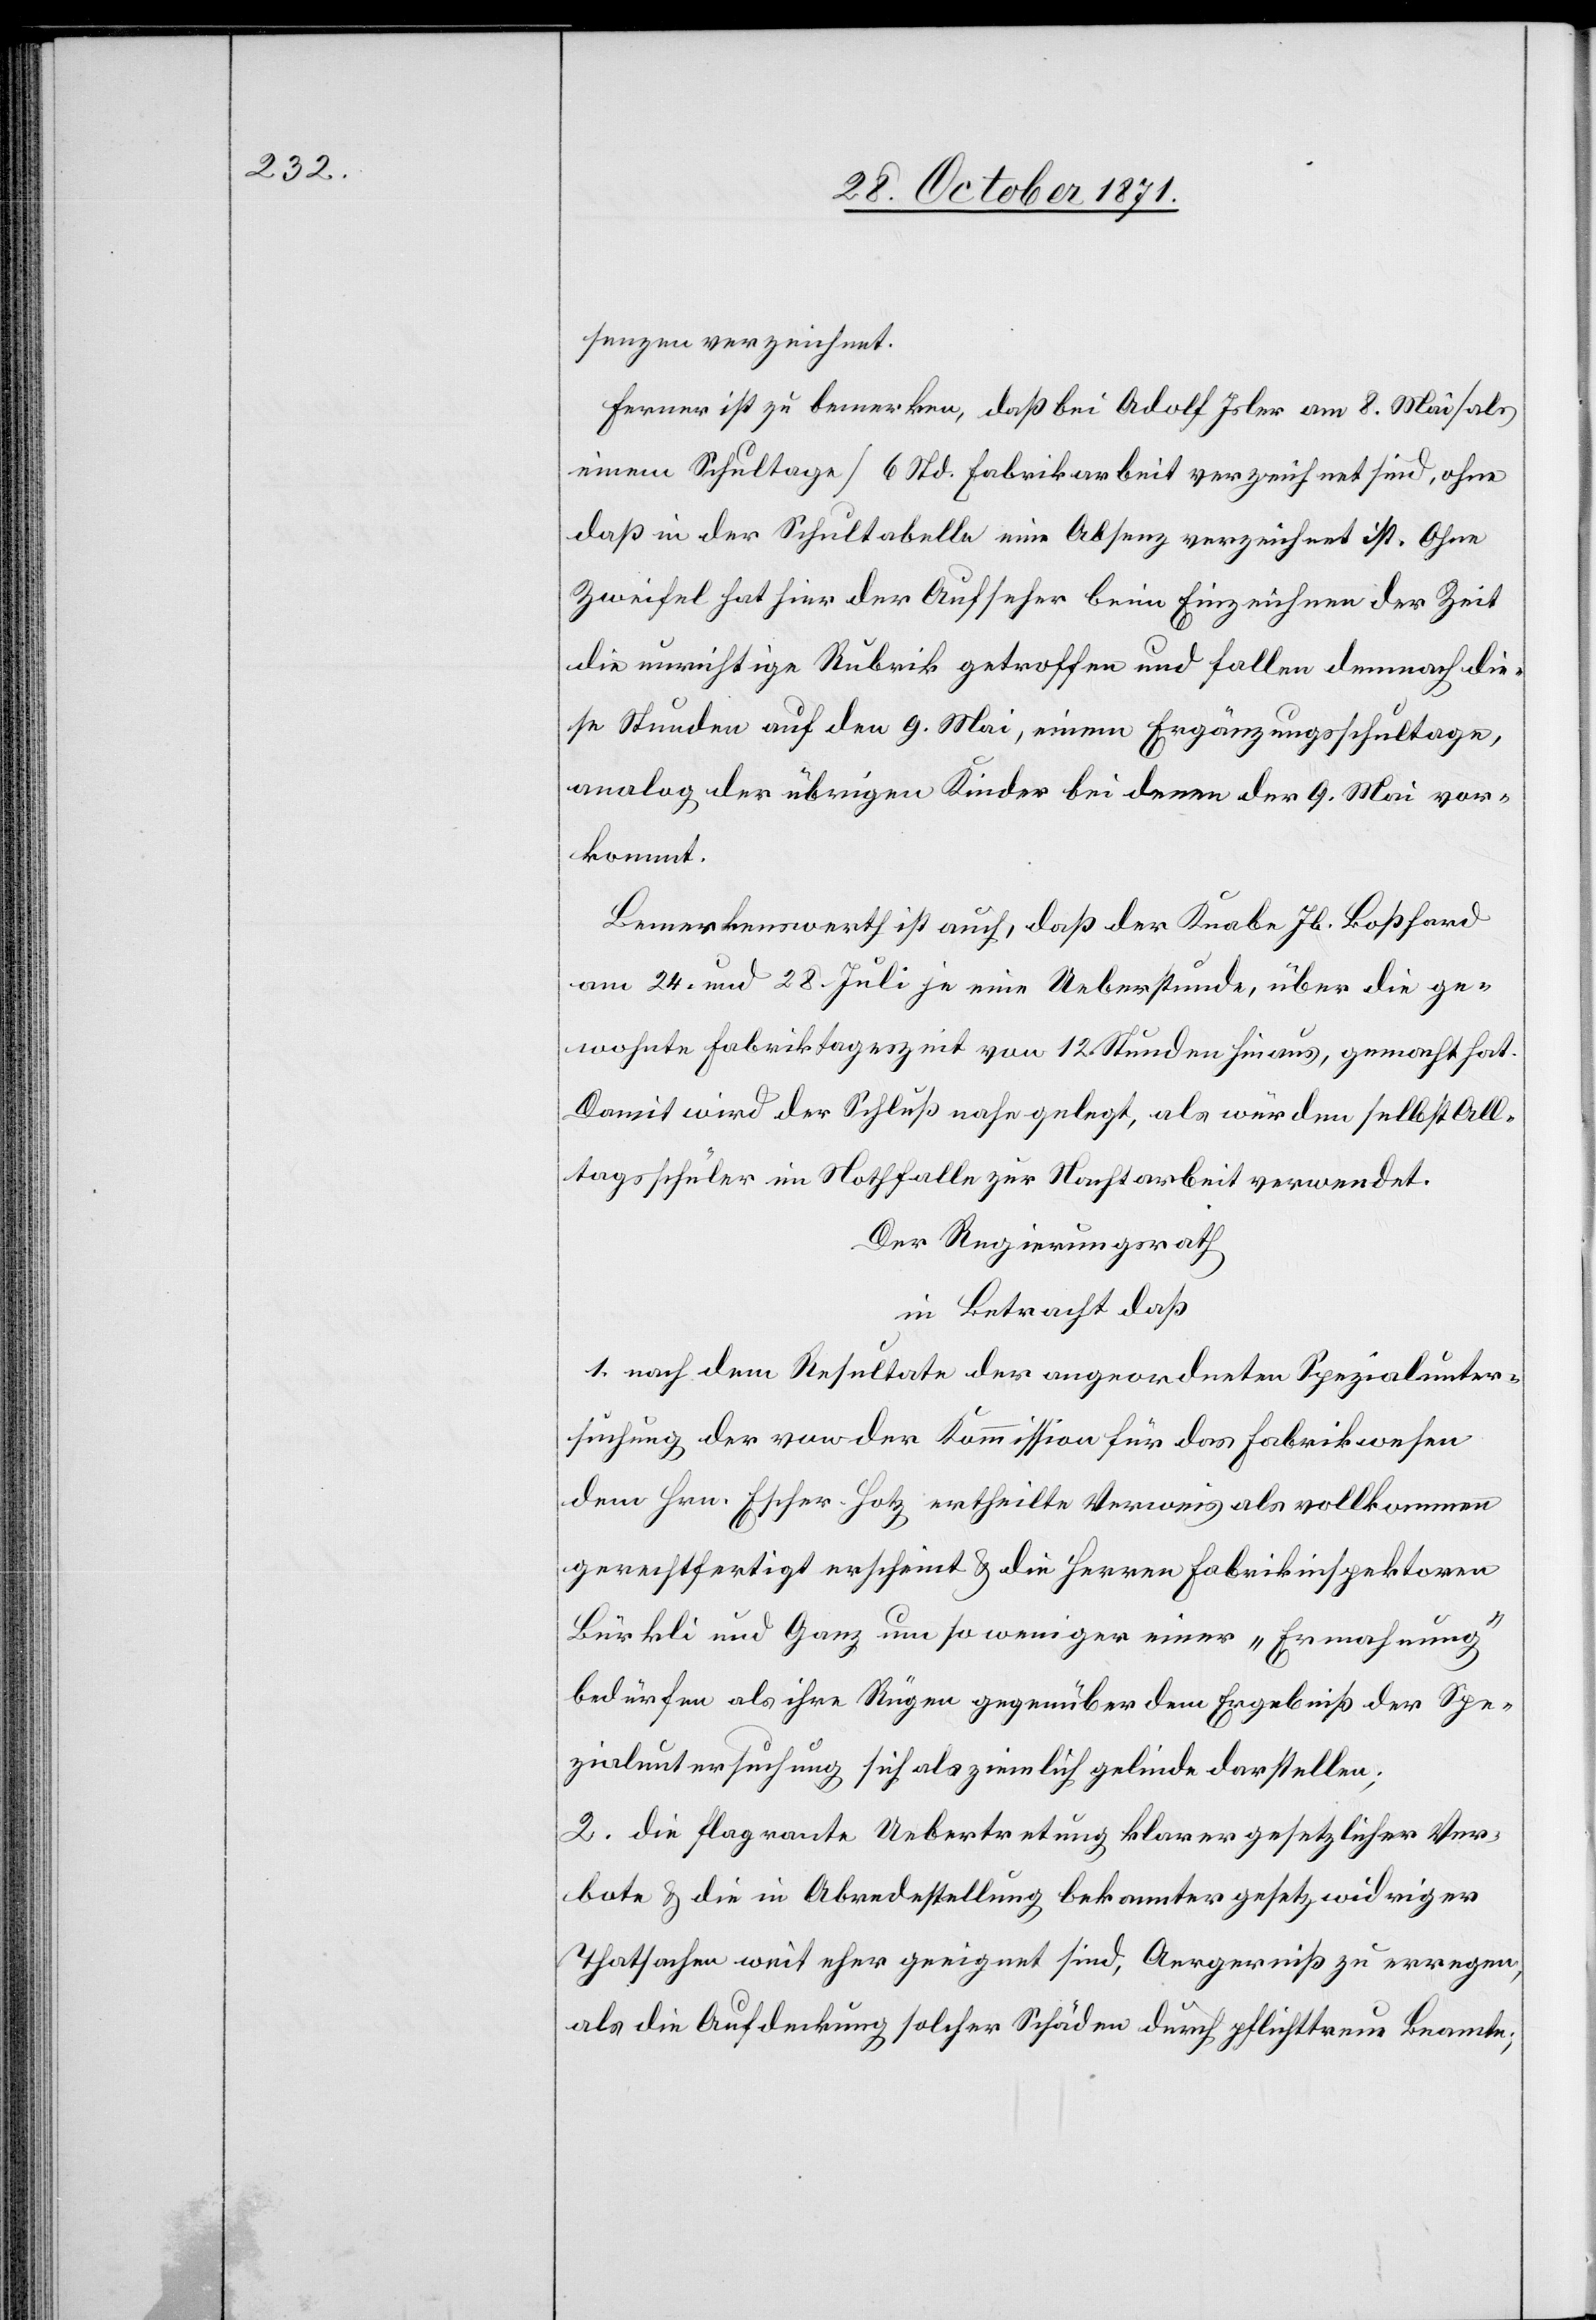
senzen verzeichnet.
Ferner ist zu bemerken, daß bei Adolf Isler am 8. Mai [als
einem Schultage] 6 Std. Fabrikarbeit verzeichnet sind, ohne
daß in der Schultabelle eine Absenz verzeichnet ist. Ohne
Zweifel hat hier der Aufseher beim Einzeichnen der Zeit
die unrichtige Rubrik getroffen und fallen demnach die¬
se Stunden auf den 9. Mai, einem Ergänzungsschultage,
analog der übrigen Kinder bei denen der 9. Mai vor¬
kommt.
Bemerkenswerth ist auch, daß der Knabe Jb. Boßhard
am 24. und 28. Juli je eine Ueberstunde, über die ge¬
wohnte Fabriktageszeit von 12 Stunden hinaus, gemacht hat.
Damit wird der Schluß nahe gelegt, als würden selbst All¬
tagsschüler im Nothfalle zur Nachtarbeit verwendet.
Der Regierungsrath
in Betracht daß
1. nach dem Resultate der angeordneten Spezialunter¬
suchung der von der Kommission für das Fabrikwesen
dem Hrn. Escher-Hotz ertheilte Verweis als vollkommen
gerechtfertigt erscheint & die Herren Fabrikinspektoren
Bürkli und Ganz um so weniger einer „Ermahnung“
bedürfen als ihre Rügen gegenüber dem Ergebniß der Spe¬
zialuntersuchung sich als ziemlich gelinde darstellen;
2. die flagrante Uebertretung klarer gesetzlicher Ver¬
bote & die in Abredestellung bekannter gesetzwidriger
Thatsachen weit eher geeignet sind, Aergerniß zu erregen,
als die Aufdeckung solcher Schäden durch pflichttreue Beamte;